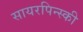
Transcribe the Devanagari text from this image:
सायरपिन्स्की